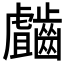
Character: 𲎥